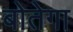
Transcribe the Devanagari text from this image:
बोतेगा